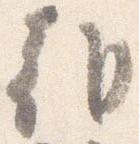
朝